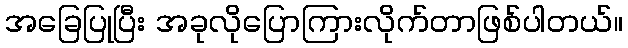
အခြေပြုပြီး အခုလိုပြောကြားလိုက်တာဖြစ်ပါတယ်။